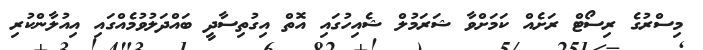
މިސްރުގެ ރިސޯޓް ރަށެއް ކަމަށްވާ ޝަރަމުލް ޝެއިހުގައި އޮތް އިގުތިސާދީ ބައްދަލުވުމެއްގައި އިއުލާންކުރި